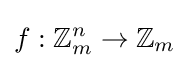
f:\mathbb {Z} _{m}^{n}\to \mathbb {Z} _{m}